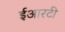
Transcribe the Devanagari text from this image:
ईआरटी